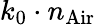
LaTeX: k_{0}\cdot n_{\mathrm{Air}}